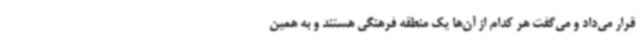
قرار می‌داد و می‌گفت هر کدام از آن‌ها یک منطقه فرهنگی هستند و به همین